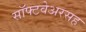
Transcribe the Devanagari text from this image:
सॉफ्टवेअरसह